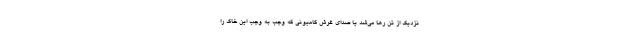
نزدیک از تن رها می‌شد یا صدای غرش کامیونی که وجب به وجب این خاک را